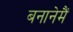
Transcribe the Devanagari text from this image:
बनानेमैं